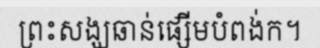
ព្រះសង្ឃឆាន់ផ្សើមបំពង់ក។